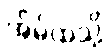
အိမ်ထဲသို့